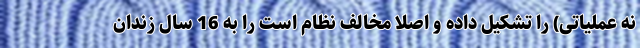
نه عملیاتی) را تشکیل داده و اصلاً مخالف نظام است را به 16 سال زندان